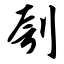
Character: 刳